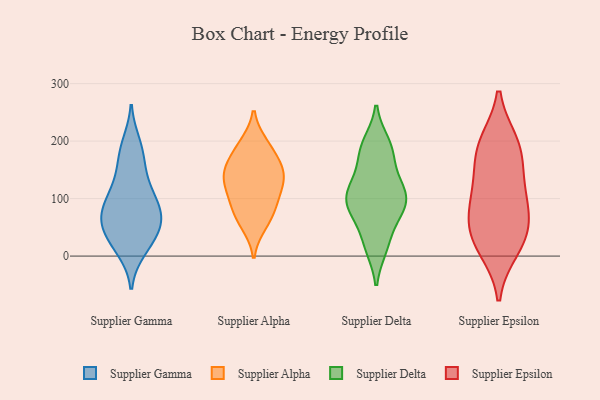
{"axis": {"x": "Customer Acquisition Cost (USD)", "y": "Value"}, "legend": ["Supplier Alpha", "Supplier Delta", "Supplier Epsilon", "Supplier Gamma"], "data": [{"x": "", "y": 66, "type": "Supplier Gamma"}, {"x": "", "y": 139, "type": "Supplier Gamma"}, {"x": "", "y": 89, "type": "Supplier Gamma"}, {"x": "", "y": 185, "type": "Supplier Gamma"}, {"x": "", "y": 35, "type": "Supplier Gamma"}, {"x": "", "y": 39, "type": "Supplier Gamma"}, {"x": "", "y": 14, "type": "Supplier Gamma"}, {"x": "", "y": 116, "type": "Supplier Gamma"}, {"x": "", "y": 165, "type": "Supplier Gamma"}, {"x": "", "y": 79, "type": "Supplier Gamma"}, {"x": "", "y": 111, "type": "Supplier Gamma"}, {"x": "", "y": 65, "type": "Supplier Gamma"}, {"x": "", "y": 63, "type": "Supplier Gamma"}, {"x": "", "y": 45, "type": "Supplier Gamma"}, {"x": "", "y": 195, "type": "Supplier Gamma"}, {"x": "", "y": 85, "type": "Supplier Gamma"}, {"x": "", "y": 11, "type": "Supplier Gamma"}, {"x": "", "y": 71, "type": "Supplier Alpha"}, {"x": "", "y": 139, "type": "Supplier Alpha"}, {"x": "", "y": 56, "type": "Supplier Alpha"}, {"x": "", "y": 148, "type": "Supplier Alpha"}, {"x": "", "y": 159, "type": "Supplier Alpha"}, {"x": "", "y": 187, "type": "Supplier Alpha"}, {"x": "", "y": 138, "type": "Supplier Alpha"}, {"x": "", "y": 86, "type": "Supplier Alpha"}, {"x": "", "y": 104, "type": "Supplier Alpha"}, {"x": "", "y": 193, "type": "Supplier Alpha"}, {"x": "", "y": 121, "type": "Supplier Alpha"}, {"x": "", "y": 179, "type": "Supplier Delta"}, {"x": "", "y": 128, "type": "Supplier Delta"}, {"x": "", "y": 195, "type": "Supplier Delta"}, {"x": "", "y": 190, "type": "Supplier Delta"}, {"x": "", "y": 100, "type": "Supplier Delta"}, {"x": "", "y": 18, "type": "Supplier Delta"}, {"x": "", "y": 189, "type": "Supplier Delta"}, {"x": "", "y": 124, "type": "Supplier Delta"}, {"x": "", "y": 16, "type": "Supplier Delta"}, {"x": "", "y": 160, "type": "Supplier Delta"}, {"x": "", "y": 97, "type": "Supplier Delta"}, {"x": "", "y": 67, "type": "Supplier Delta"}, {"x": "", "y": 116, "type": "Supplier Delta"}, {"x": "", "y": 88, "type": "Supplier Delta"}, {"x": "", "y": 23, "type": "Supplier Delta"}, {"x": "", "y": 108, "type": "Supplier Delta"}, {"x": "", "y": 94, "type": "Supplier Delta"}, {"x": "", "y": 87, "type": "Supplier Delta"}, {"x": "", "y": 71, "type": "Supplier Delta"}, {"x": "", "y": 28, "type": "Supplier Epsilon"}, {"x": "", "y": 40, "type": "Supplier Epsilon"}, {"x": "", "y": 63, "type": "Supplier Epsilon"}, {"x": "", "y": 81, "type": "Supplier Epsilon"}, {"x": "", "y": 113, "type": "Supplier Epsilon"}, {"x": "", "y": 187, "type": "Supplier Epsilon"}, {"x": "", "y": 14, "type": "Supplier Epsilon"}, {"x": "", "y": 195, "type": "Supplier Epsilon"}, {"x": "", "y": 122, "type": "Supplier Epsilon"}, {"x": "", "y": 182, "type": "Supplier Epsilon"}]}